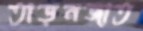
তাড়নজাত